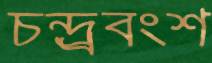
চন্দ্র্রবংশ